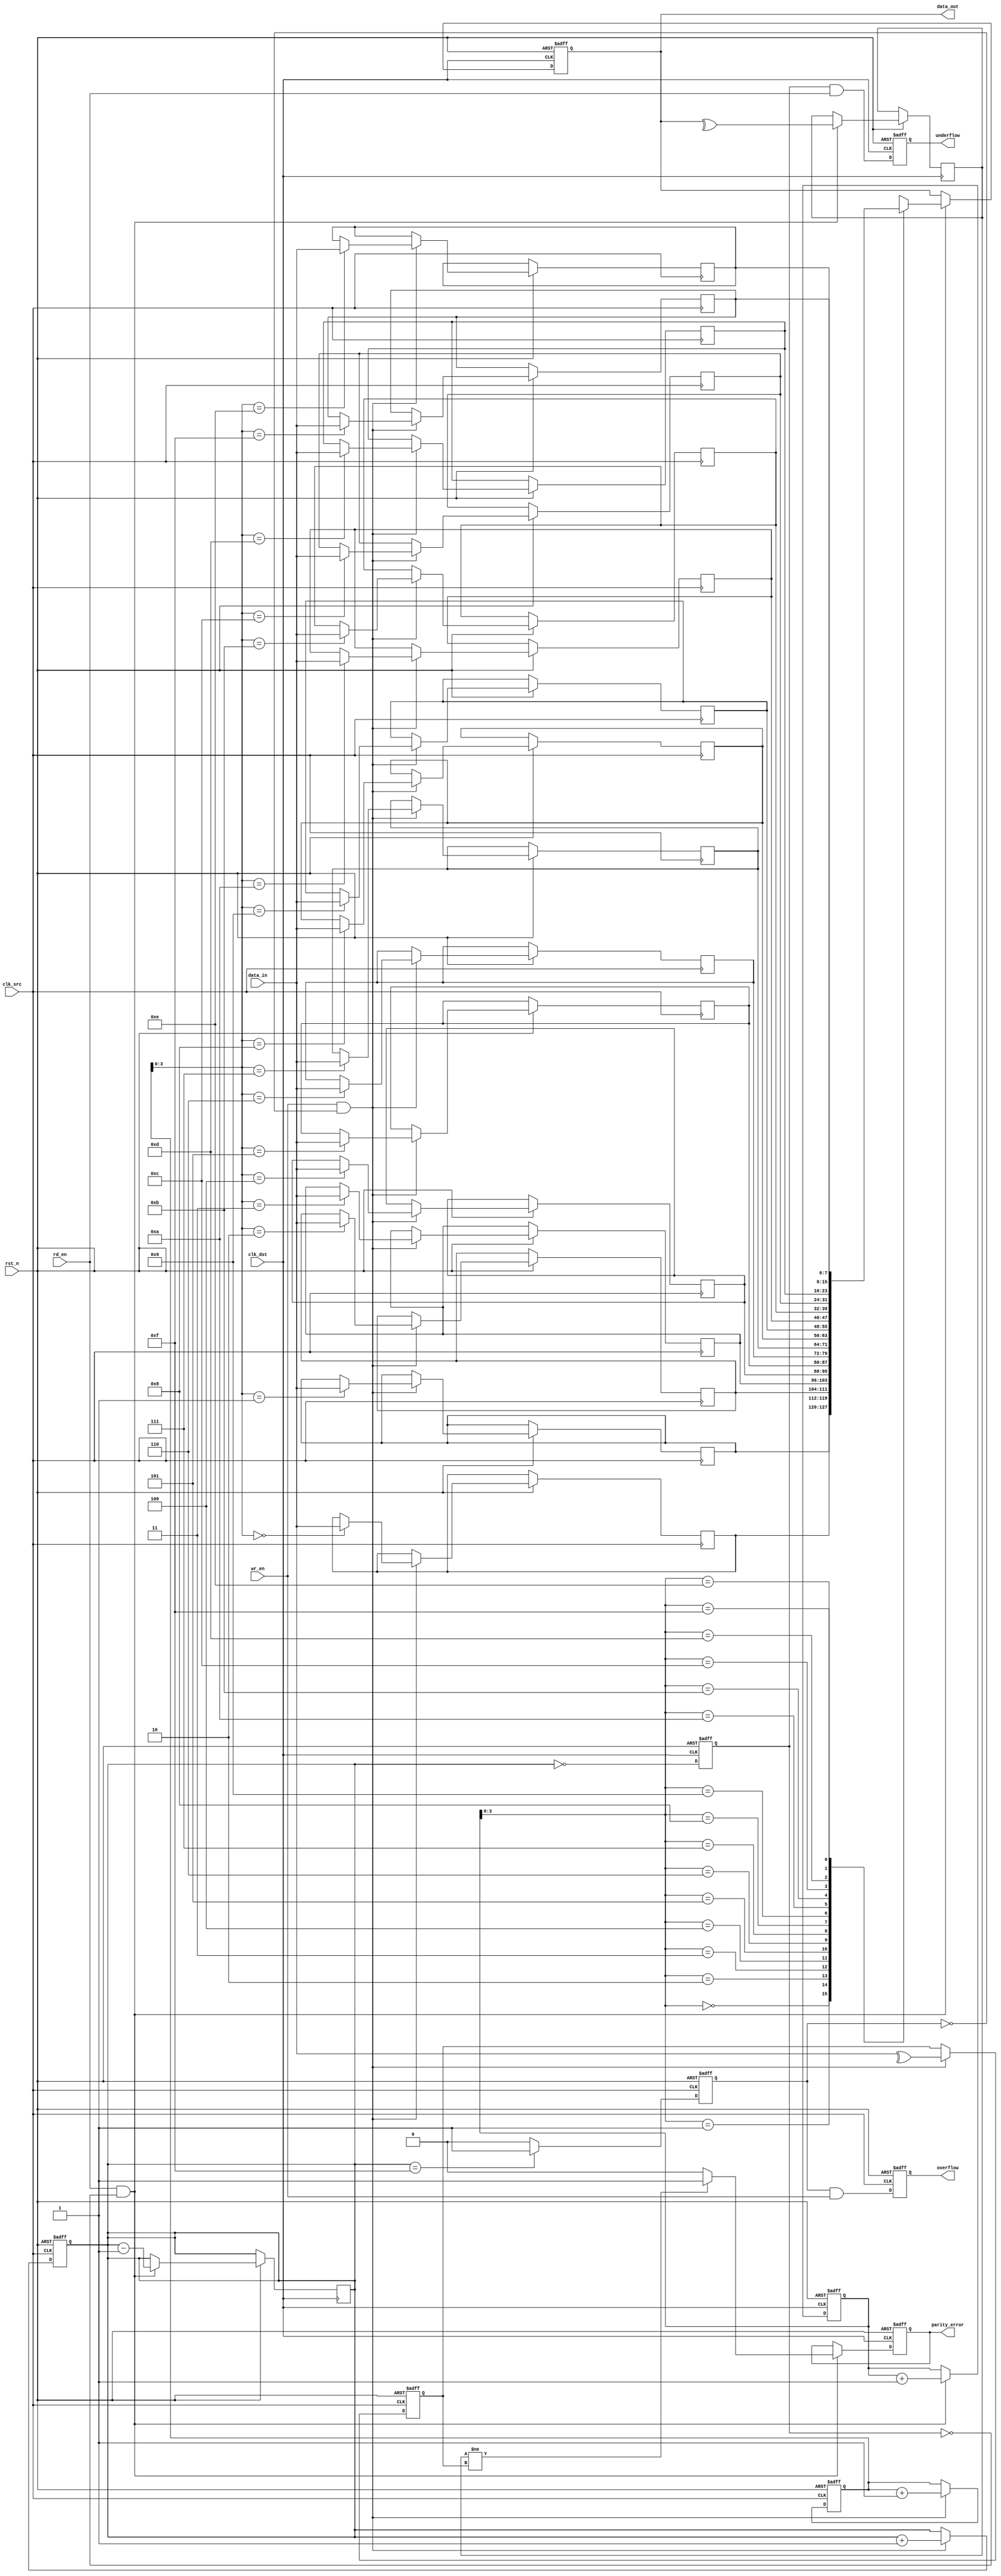
module cdc_fifo #(
    parameter DATA_WIDTH = 8,
    parameter FIFO_DEPTH = 16
)(
    input wire clk_src,               // Source clock
    input wire clk_dst,               // Destination clock
    input wire rst_n,                 // Active low reset
    input wire [DATA_WIDTH-1:0] data_in, // Data input from source
    input wire wr_en,                 // Write enable from source
    input wire rd_en,                 // Read enable for destination
    output reg [DATA_WIDTH-1:0] data_out, // Data output to destination
    output reg overflow,              // FIFO overflow indicator
    output reg underflow,             // FIFO underflow indicator
    output reg parity_error           // Parity error indicator
);

    // FIFO Memory
    reg [DATA_WIDTH-1:0] fifo_mem[FIFO_DEPTH-1:0];
    reg [4:0] wr_pointer, rd_pointer, fifo_count;
    reg fifo_full, fifo_empty;

    // Parity Logic
    reg data_parity;
    wire parity_check;

    // Write operation in source clock domain
    always @(posedge clk_src or negedge rst_n) begin
        if (!rst_n) begin
            wr_pointer <= 0;
            fifo_count <= 0;
            fifo_full <= 0;
            overflow <= 0;
            data_parity <= 0;
        end else begin
            if (wr_en && !fifo_full) begin
                fifo_mem[wr_pointer] <= data_in;
                // Calculate parity (even parity)
                data_parity <= ^data_in;
                wr_pointer <= wr_pointer + 1;
                fifo_count <= fifo_count + 1;
            end
            // FIFO full condition
            if (fifo_count == FIFO_DEPTH-1) begin
                fifo_full <= 1;
            end else begin
                fifo_full <= 0;
            end
            // Overflow condition
            overflow <= fifo_full && wr_en;
        end
    end

    // Read operation in destination clock domain
    always @(posedge clk_dst or negedge rst_n) begin
        if (!rst_n) begin
            rd_pointer <= 0;
            fifo_empty <= 1;
            underflow <= 0;
            data_out <= 0;
            parity_error <= 0;
        end else begin
            if (rd_en && !fifo_empty) begin
                data_out <= fifo_mem[rd_pointer];
                // Check parity at destination
                parity_check <= ^data_out;
                if (parity_check != data_parity) begin
                    parity_error <= 1; // Parity error detected
                end else begin
                    parity_error <= 0; // No parity error
                end
                rd_pointer <= rd_pointer + 1;
                fifo_count <= fifo_count - 1;
            end
            
            // FIFO empty condition
            fifo_empty <= (fifo_count == 0);
            // Underflow condition
            underflow <= fifo_empty && rd_en;
        end
    end

    // Synchronization for control signals (not shown for simplicity)
    // Here you would implement a 2-stage flip-flop synchronizer for any control signals that cross clock domains.

endmodule